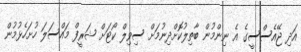
އަދި ޖޭއެސްސީގެ އެ ނިންމުން ބާތިލުކޮށްދިނުމަށް ސިވިލް ކޯޓަށް ޝަރީފް މައްސަލަ ހުށަހެޅުމުން